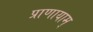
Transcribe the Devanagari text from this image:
प्राणायाम्